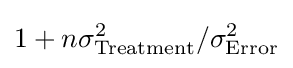
1+{n\sigma _{\text{Treatment}}^{2}}/{\sigma _{\text{Error}}^{2}}